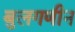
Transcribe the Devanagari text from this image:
बुलगणीन